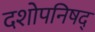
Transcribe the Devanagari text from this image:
दशोपनिषद्